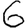
Digit: 6